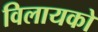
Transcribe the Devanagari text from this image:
विलायको